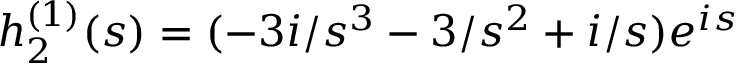
h _ { 2 } ^ { ( 1 ) } ( s ) = ( - 3 i / s ^ { 3 } - 3 / s ^ { 2 } + i / s ) e ^ { i s }